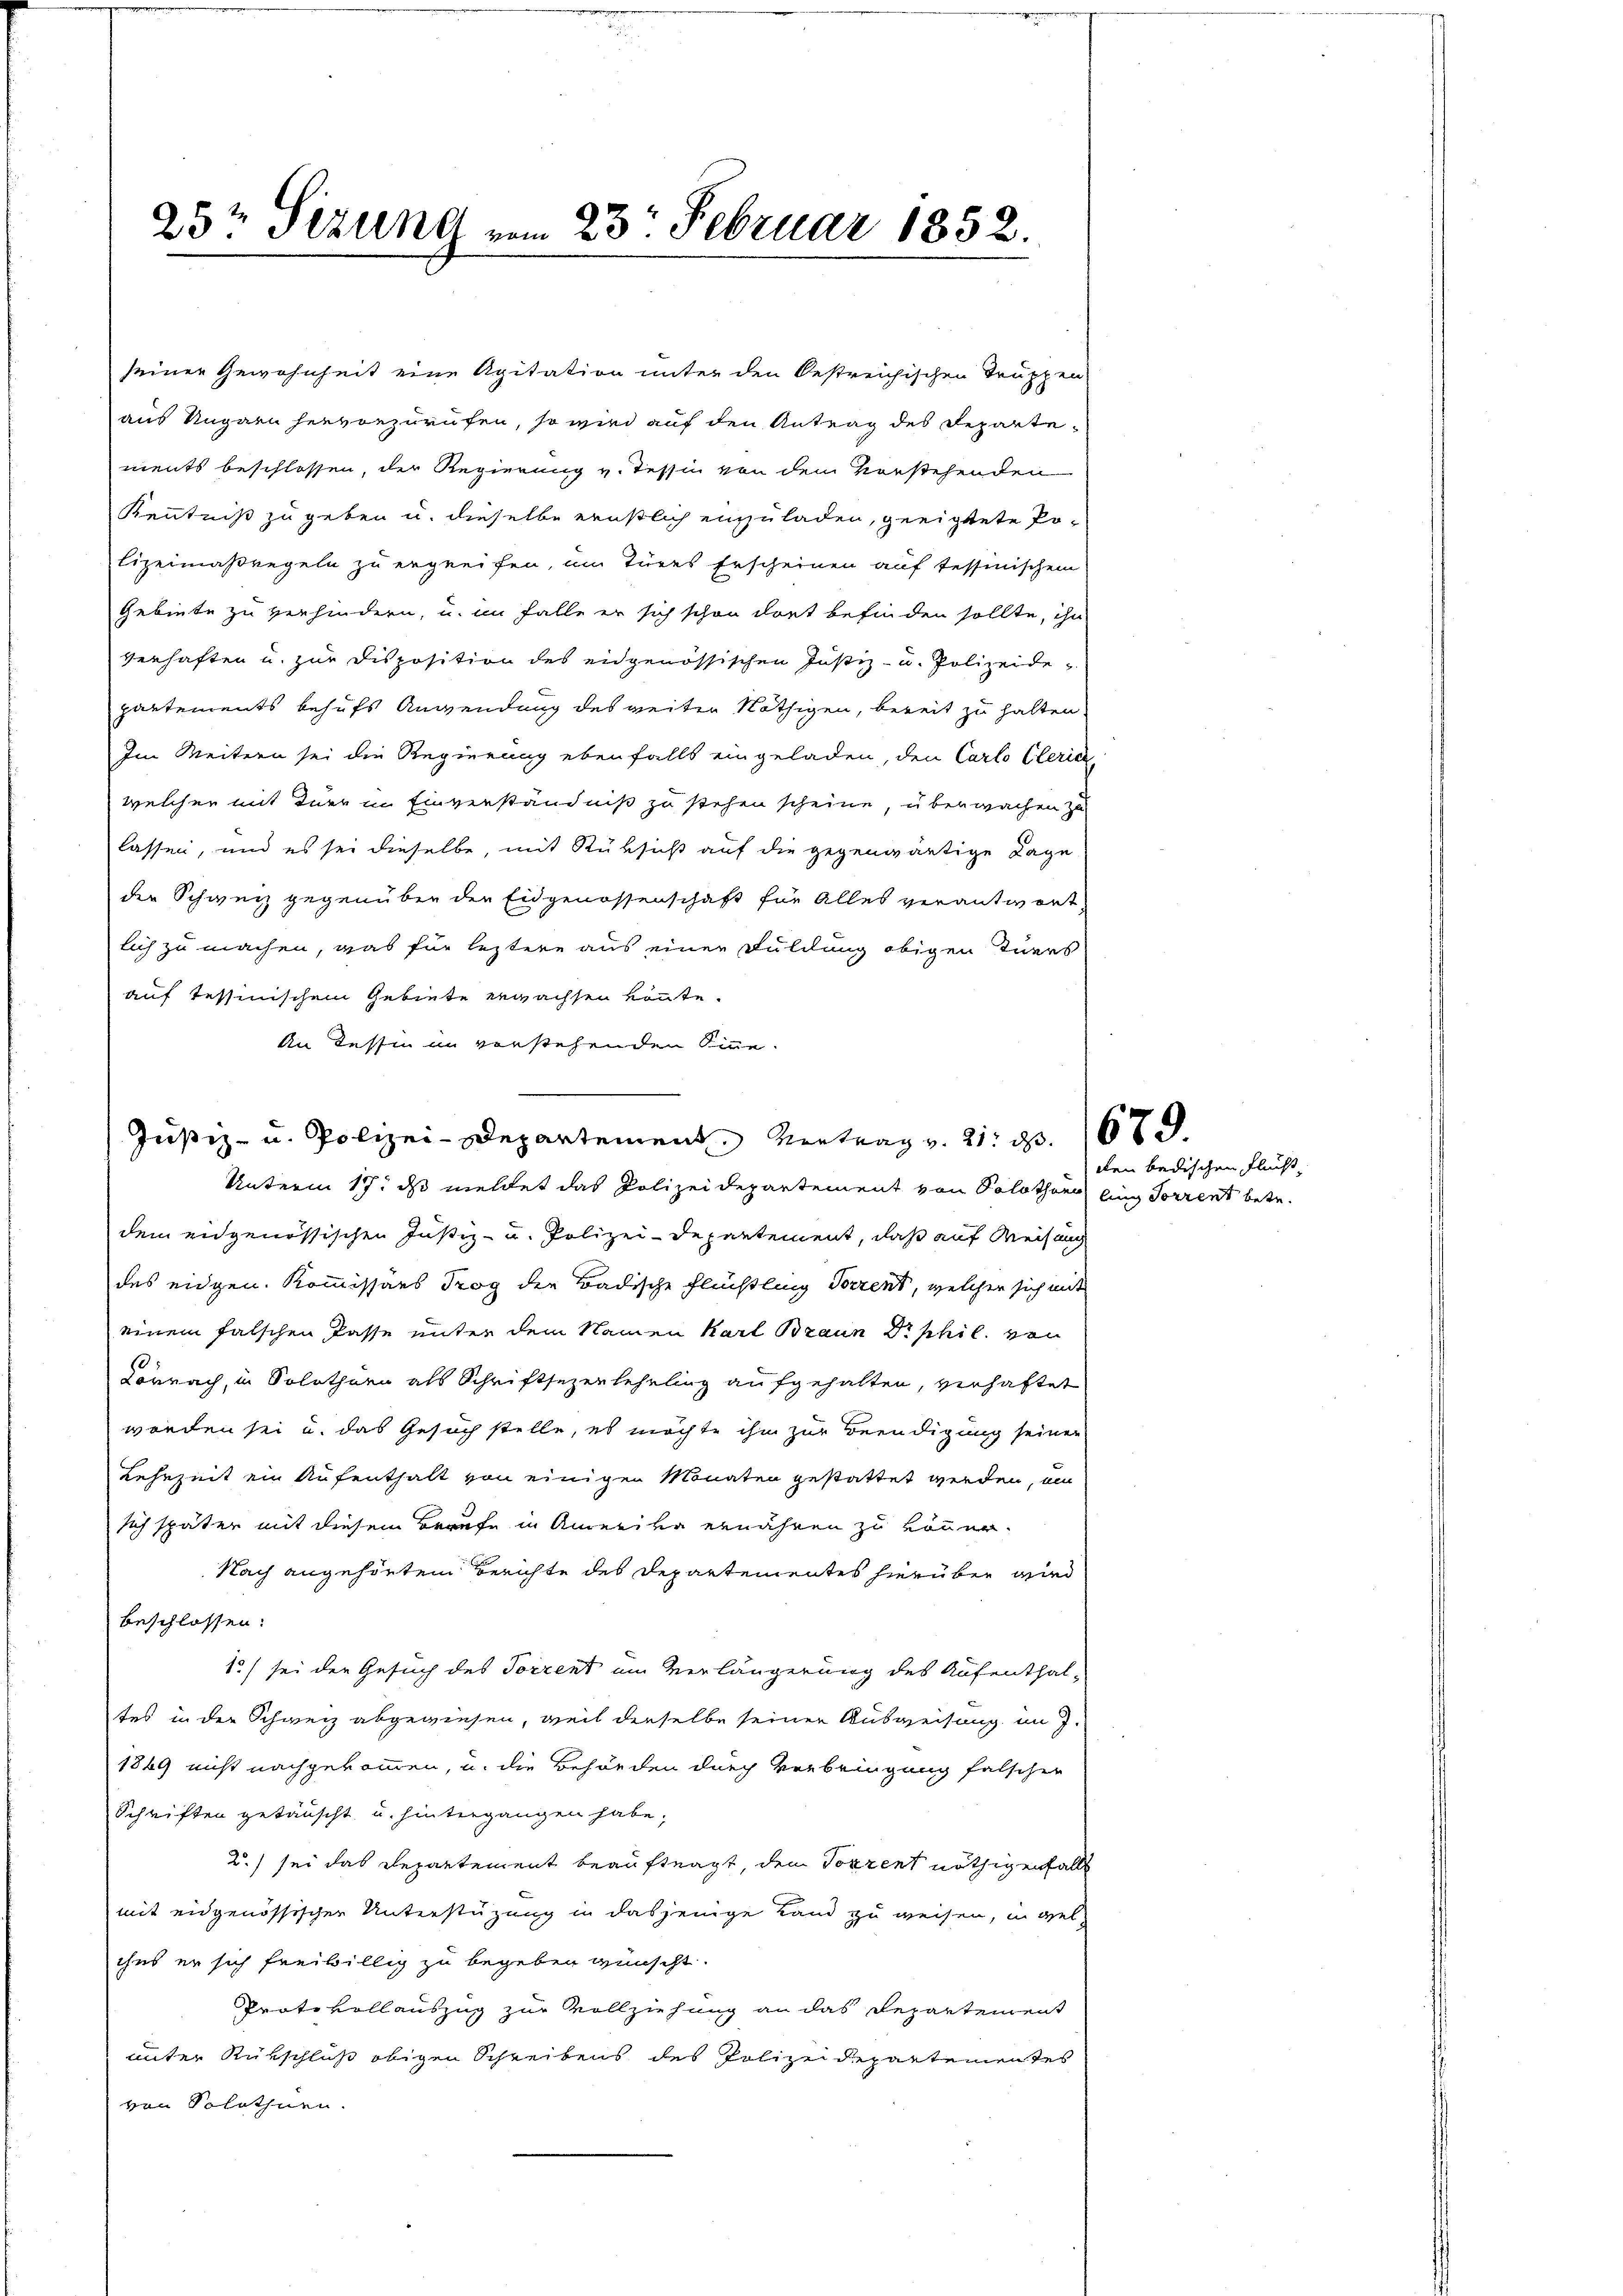
25t Sizung vom 23. Februar 1852.

seiner Gewohnheit eine Agitation unter den Oestreichischen Truppen
aus Ungarn hervorzurufen, so wird auf den Antrag des Repartements beschlossen, der Regierung v. Tessin von dem Vorstehenden
Kenntniß zu geben u. dieselbe ernstlich einzuladen, geeigtete Polizeimaßregeln zu ergreifen, im Türes Erscheinen auf tessinischem
Gebiete zu verhindern, u. im Falle er sich schon dort befinden sollte, ihn
verhaften u. zur Disposition des eidgenössischen Justiz- u. Polizeide-
partements behufs Anwendung des weiter Nöthigen, bereit zu halten,
Im Weitern sei die Regierung ebenfalls eingeladen, den Carlo Cleria
welcher mit Iner in Einverständniß zu stehen scheine, überwachen zu
lassen, und es sei dieselbe, mit Rüksicht auf die gegenwärtige Lage
der Schweiz gegenüber den Eidgenossenschaft für Alles verantwort,
lich zu machen, was für leztere aus einer Fuldung obigen Iners
auf Tessinischem Gebiete erwachsen könnte.
An Tessin im vorstehenden Sinne-
dem eidgenössischen Justiz- u. Polizei-Departement, daß auf Weisung
des eidgen. Kommissärs Trog der Badische Flüchtling Vorrent, welcher sich mit
einem falschen Pässe unter dem Namen Karl Braun Dr. phil. von
Lörrach, in Solothurn als Schriftsezenlehrling aufgehalten, verhaftet
werden sei u. das Gesuch stelle, es möchte ihm zur Beendigung seiner
Lehrzeit ein Aufenthalt von einigen Monaten gestattet werden, ein
sich später mit diesem Braufe in Amerika ernähren zu könner.
Nach angehörtem Berichte des Departementes hierüber wird
beschlossen:
1) sei der Gesuch des Torrent im Verlängerung des Aufenthal-
tes in der Schweiz abgewiesen, weil derselbe seiner Ausweisung im J.
1869 nicht nachgekommen, u. die Behörden durch Verbringung falscher
Schriften getäuscht u. hintergangen habe;
2.) sei das Repartement beauftragt, den Porzent nöthigenfalls
mit eidgenössischer Unterstüzung in dasjenige Land zu weisen, in gel
ihes er sich freiwillig zu begeben wünscht.
Prote vollauszug zur Vollziehung an das Repartement
unter Rükschluß obigen Schreibens des Polizeidepartementes
von Solothurn.

Justiz- u. Polizei-Departement Vertrag v. 21. d. 167.
Unterm 17. ds meldet das Polizeidepartement von Solothurn eine Forrent betr.

den bedischen Flucht